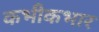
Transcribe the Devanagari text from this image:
कभीकभार